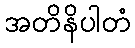
အတိနိပါတံ